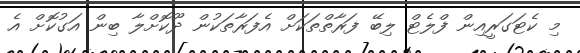
މި ކެޓަގަރީއިން ފްލެޓް ލިބޭ ފަރާތްތަކަށް އެފަރާތަކުން ދޫކޮށްލާ ބިން އަގުކޮށް އެ